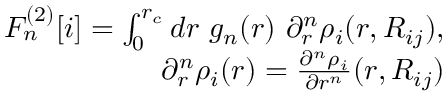
\begin{array} { r } { F _ { n } ^ { ( 2 ) } [ i ] = \int _ { 0 } ^ { r _ { c } } d r ~ g _ { n } ( r ) ~ \partial _ { r } ^ { n } \rho _ { i } ( r , R _ { i j } ) , } \\ { \partial _ { r } ^ { n } \rho _ { i } ( r ) = \frac { \partial ^ { n } \rho _ { i } } { \partial r ^ { n } } ( r , R _ { i j } ) } \end{array}